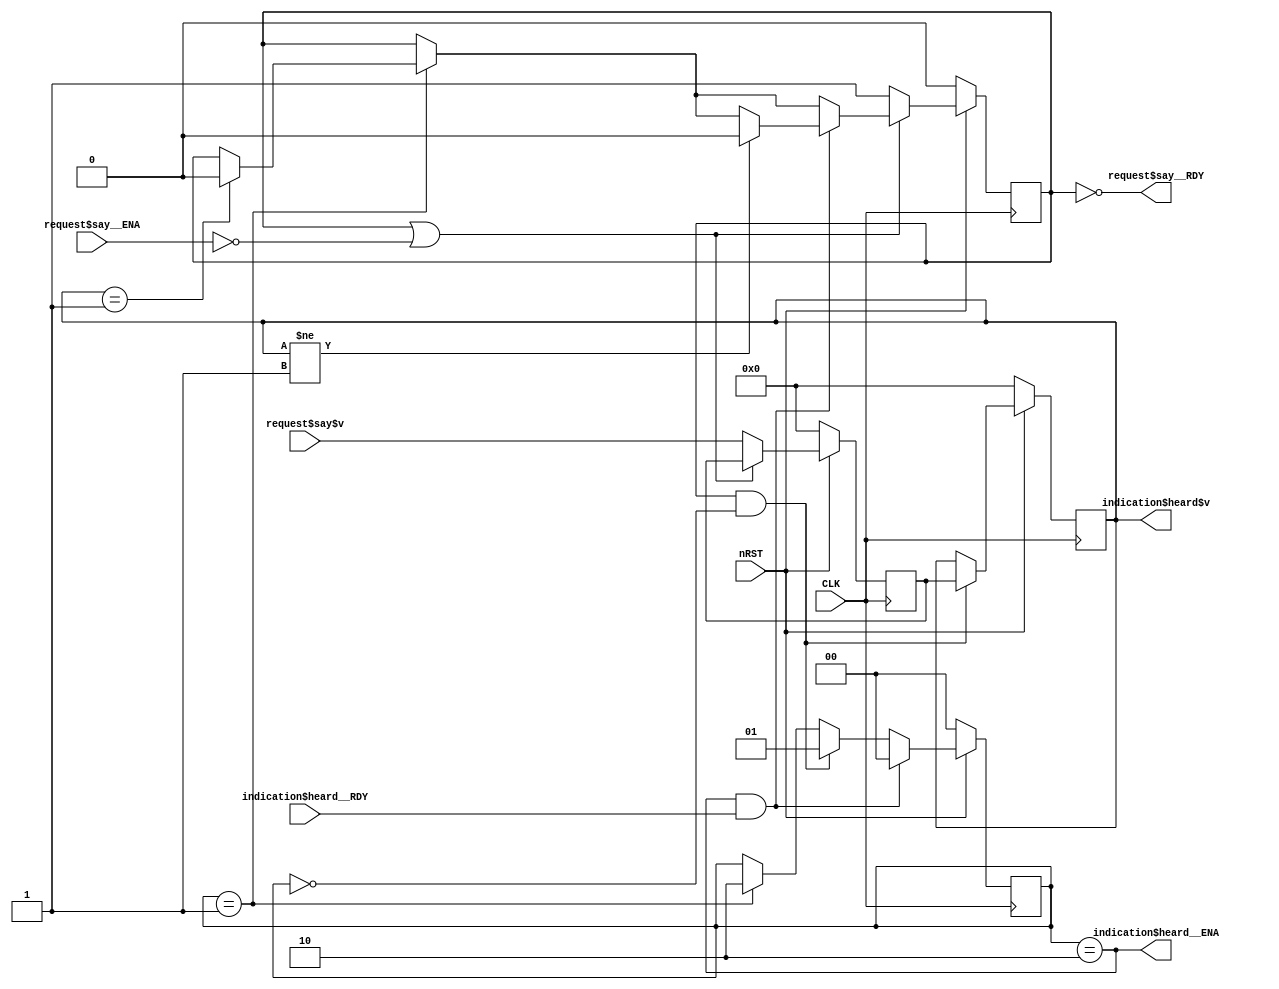
module Example1 (input wire CLK, input wire nRST,
    input wire request$say__ENA,
    input wire [31:0]request$say$v,
    output wire request$say__RDY,
    output wire indication$heard__ENA,
    output wire [31:0]indication$heard$v,
    input wire indication$heard__RDY);
    reg busy;
    reg [1:0]busy_delay;
    reg [31:0]v_delay;
    reg [31:0]v_temp;
    wire RULE$delay_rule__ENA;
    wire RULE$delay_rule__RDY;
    assign indication$heard$v = v_delay;
    assign indication$heard__ENA = busy_delay == 2'd2;
    assign request$say__RDY = !busy;
    // Extra assigments, not to output wires
    assign RULE$delay_rule__ENA = ( busy && ( busy_delay == 2'd0 ) ) != 0;
    assign RULE$delay_rule__RDY = ( busy && ( busy_delay == 2'd0 ) ) != 0;

    always @( posedge CLK) begin
      if (!nRST) begin
        busy <= 0;
        busy_delay <= 0;
        v_delay <= 0;
        v_temp <= 0;
      end // nRST
      else begin
        if (busy_delay == 2'd1) begin // RULE$delay2_rule__ENA
            busy_delay <= 2;
            if (v_delay == 1)
            busy <= 0;
        end; // End of RULE$delay2_rule__ENA
        if (RULE$delay_rule__ENA & RULE$delay_rule__RDY) begin // RULE$delay_rule__ENA
            busy_delay <= 1;
            v_delay <= v_temp;
        end; // End of RULE$delay_rule__ENA
        if (( busy_delay == 2'd2 ) & indication$heard__RDY) begin // RULE$respond_rule__ENA
            busy_delay <= 0;
            if (v_delay != 1)
            busy <= 0;
        end; // End of RULE$respond_rule__ENA
        if (!( busy | ( !request$say__ENA ) )) begin // request$say__ENA
            v_temp <= request$say$v;
            busy <= 1;
        end; // End of request$say__ENA
      end
    end // always @ (posedge CLK)
endmodule